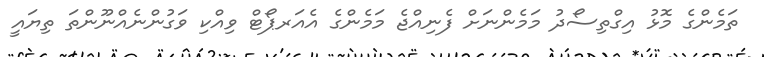
ތަމެންގެ މޮޅު އިގްތިސޯދު މަމެންނަށް ފެނިއްޖެ މަމެންގެ އެއަރޕޯޓް ވިއްކި ވަގުންނެއްނޫންތަ ތިޔައީ